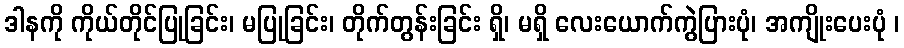
ဒါနကို ကိုယ်တိုင်ပြုခြင်း၊ မပြုခြင်း၊ တိုက်တွန်းခြင်း ရှိ၊ မရှိ လေးယောက်ကွဲပြားပုံ၊ အကျိုးပေးပုံ ၊